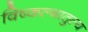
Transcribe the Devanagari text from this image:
विष्कल्भातुल्य